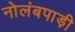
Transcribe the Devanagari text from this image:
नोलंबपाड़ी